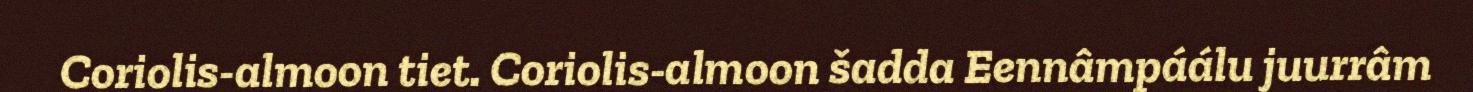
Coriolis-almoon tiet. Coriolis-almoon šadda Eennâmpáálu juurrâm